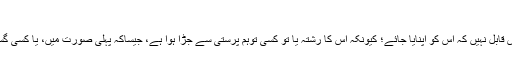
واللہ اعلم
مندرجہ بالا تفصیل سے یہ بات معلوم ہوگئی کہ تاریخی اعتبار سے یہ رسم بد قطعاً اس قابل نہیں کہ اس کو اپنایا جائے؛ کیونکہ اس کا رشتہ یا تو کسی توہم پرستی سے جڑا ہوا ہے، جیساکہ پہلی صورت میں، یا کسی گستاخانہ نظریے اور واقعے سے جڑا ہوا ہے؛ جیساکہ دوسری اور تیسری صورت میں۔